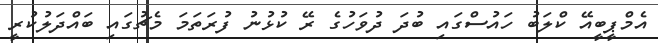
އެމްޕީބީއޭ ކްލަބު ހައުސްގައި ބުދަ ދުވަހުގެ ރޭ ކުޅުނު ފުރަތަމަ މެޗުގައި ބައްދަލުކުރީ